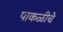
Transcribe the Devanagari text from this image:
पाकळीचे